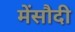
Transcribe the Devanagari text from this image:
मेंसौदी